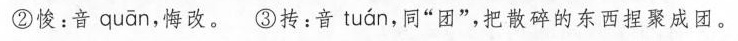
②悛：音 quan ，悔改。~③抟：音 tuan ，同”团”，把散碎的东西捏聚成团。